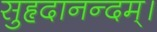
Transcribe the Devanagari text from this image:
सुहृदानन्दम्‌।